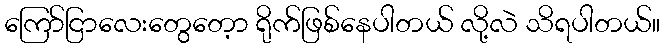
ကြော်ငြာလေးတွေတေ့ာ ရိုက်ဖြစ်နေပါတယ် လို့လဲ သိရပါတယ်။